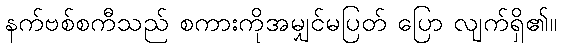
နက်ဗစ်စကီသည် စကားကိုအမျှင်မပြတ် ပြော လျက်ရှိ၏။